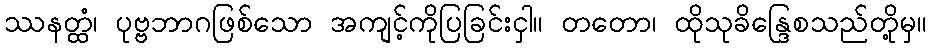
ဿနတ္ထံ၊ ပုဗ္ဗဘာဂဖြစ်သော အကျင့်ကိုပြခြင်းငှါ။ တတော၊ ထိုသုခိန္ဒြေစသည်တို့မှ။